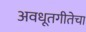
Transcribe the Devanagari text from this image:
अवधूतगीतेचा